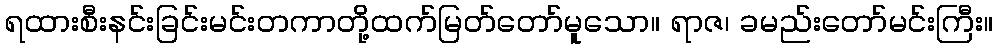
ရထားစီးနင်းခြင်းမင်းတကာတို့ထက်မြတ်တော်မူသော။ ရာဇ၊ ခမည်းတော်မင်းကြီး။